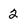
Character: 2